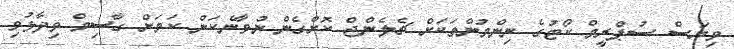
ވިޔަސް ސުޕްރީމް ކޯޓުގެ ނިންމުންތަކަށް ޗެލެންޖް ކޮށްގެން ނުވާނެކަން ކަމަށް ގާސިމް ވިދާޅުވި